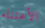
الأعتناء